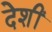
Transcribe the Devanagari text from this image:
देशीं